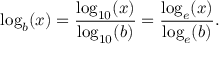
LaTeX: \log _ { b } ( x ) = { \frac { \log _ { 1 0 } ( x ) } { \log _ { 1 0 } ( b ) } } = { \frac { \log _ { e } ( x ) } { \log _ { e } ( b ) } } .